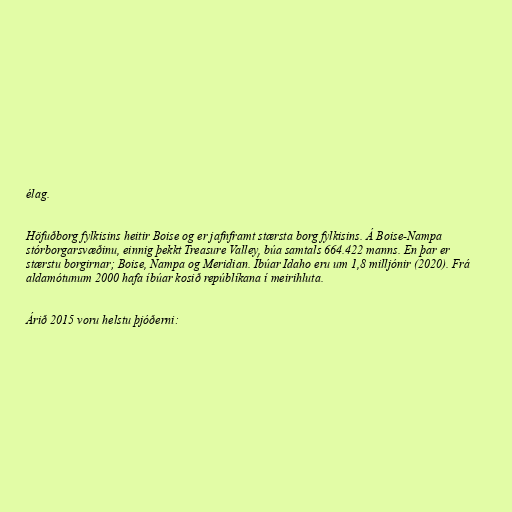
élag.

Höfuðborg fylkisins heitir Boise og er jafnframt stærsta borg fylkisins. Á Boise-Nampa
stórborgarsvæðinu, einnig þekkt Treasure Valley, búa samtals 664.422 manns. En þar er
stærstu borgirnar; Boise, Nampa og Meridian. Íbúar Idaho eru um 1,8 milljónir (2020). Frá
aldamótunum 2000 hafa íbúar kosið repúblíkana í meirihluta.

Árið 2015 voru helstu þjóðerni: